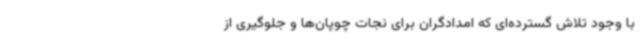
با وجود تلاش گسترده‌ای که امدادگران برای نجات چوپان‌ها و جلوگیری از